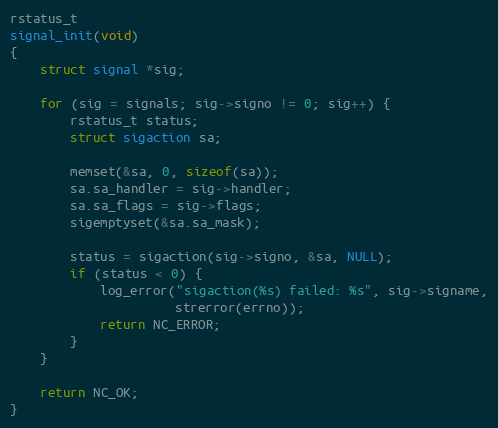
Language: C
rstatus_t
signal_init(void)
{
    struct signal *sig;

    for (sig = signals; sig->signo != 0; sig++) {
        rstatus_t status;
        struct sigaction sa;

        memset(&sa, 0, sizeof(sa));
        sa.sa_handler = sig->handler;
        sa.sa_flags = sig->flags;
        sigemptyset(&sa.sa_mask);

        status = sigaction(sig->signo, &sa, NULL);
        if (status < 0) {
            log_error("sigaction(%s) failed: %s", sig->signame,
                      strerror(errno));
            return NC_ERROR;
        }
    }

    return NC_OK;
}